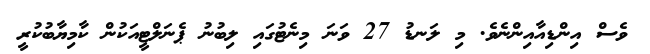
ވެސް އިންޑިއާއިންނެވެ. މި ލަނޑު 27 ވަނަ މިނެޓުގައި ލިބުނު ޕެނަލްޓީއަކުން ކާމިޔާބުކުރީ